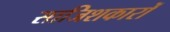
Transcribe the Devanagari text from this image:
साजिशकारों